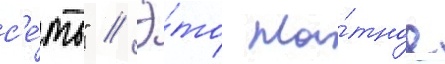
с'е́ть" // Э́то пло́тное